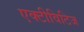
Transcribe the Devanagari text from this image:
एक्टीविटिज